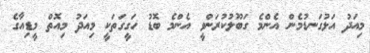
މިއަދު އަޅުގަނޑުމެން އެންމެ ގަބޫލުކުރަންވީ އެންމެ ބޮޑު ހަގީގަތަކީ މިއަދު މިއޮތް މީޑިއާގެ